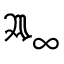
{ \mathfrak { A } } _ { \infty }